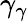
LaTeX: \gamma_{\gamma}